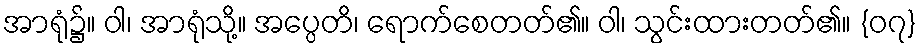
အာရုံ၌။ ဝါ၊ အာရုံသို့။ အပ္ပေတိ၊ ရောက်စေတတ်၏။ ဝါ၊ သွင်းထားတတ်၏။ {၀၇}